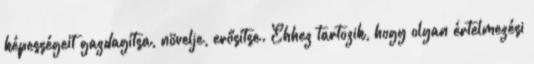
képességeit gazdagítsa, növelje, erősítse. Ehhez tartozik, hogy olyan értelmezési